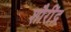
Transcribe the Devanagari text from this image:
शौरींद्र